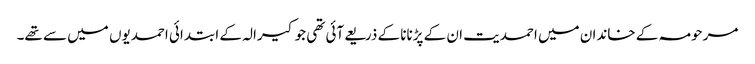
مرحومہ کے خاندان میں احمدیت ان کے پڑنانا کے ذریعےآئی تھی جو کیرالہ کے ابتدائی احمدیوں میں سے تھے۔